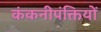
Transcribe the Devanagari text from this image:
कंकनीपंक्तियों